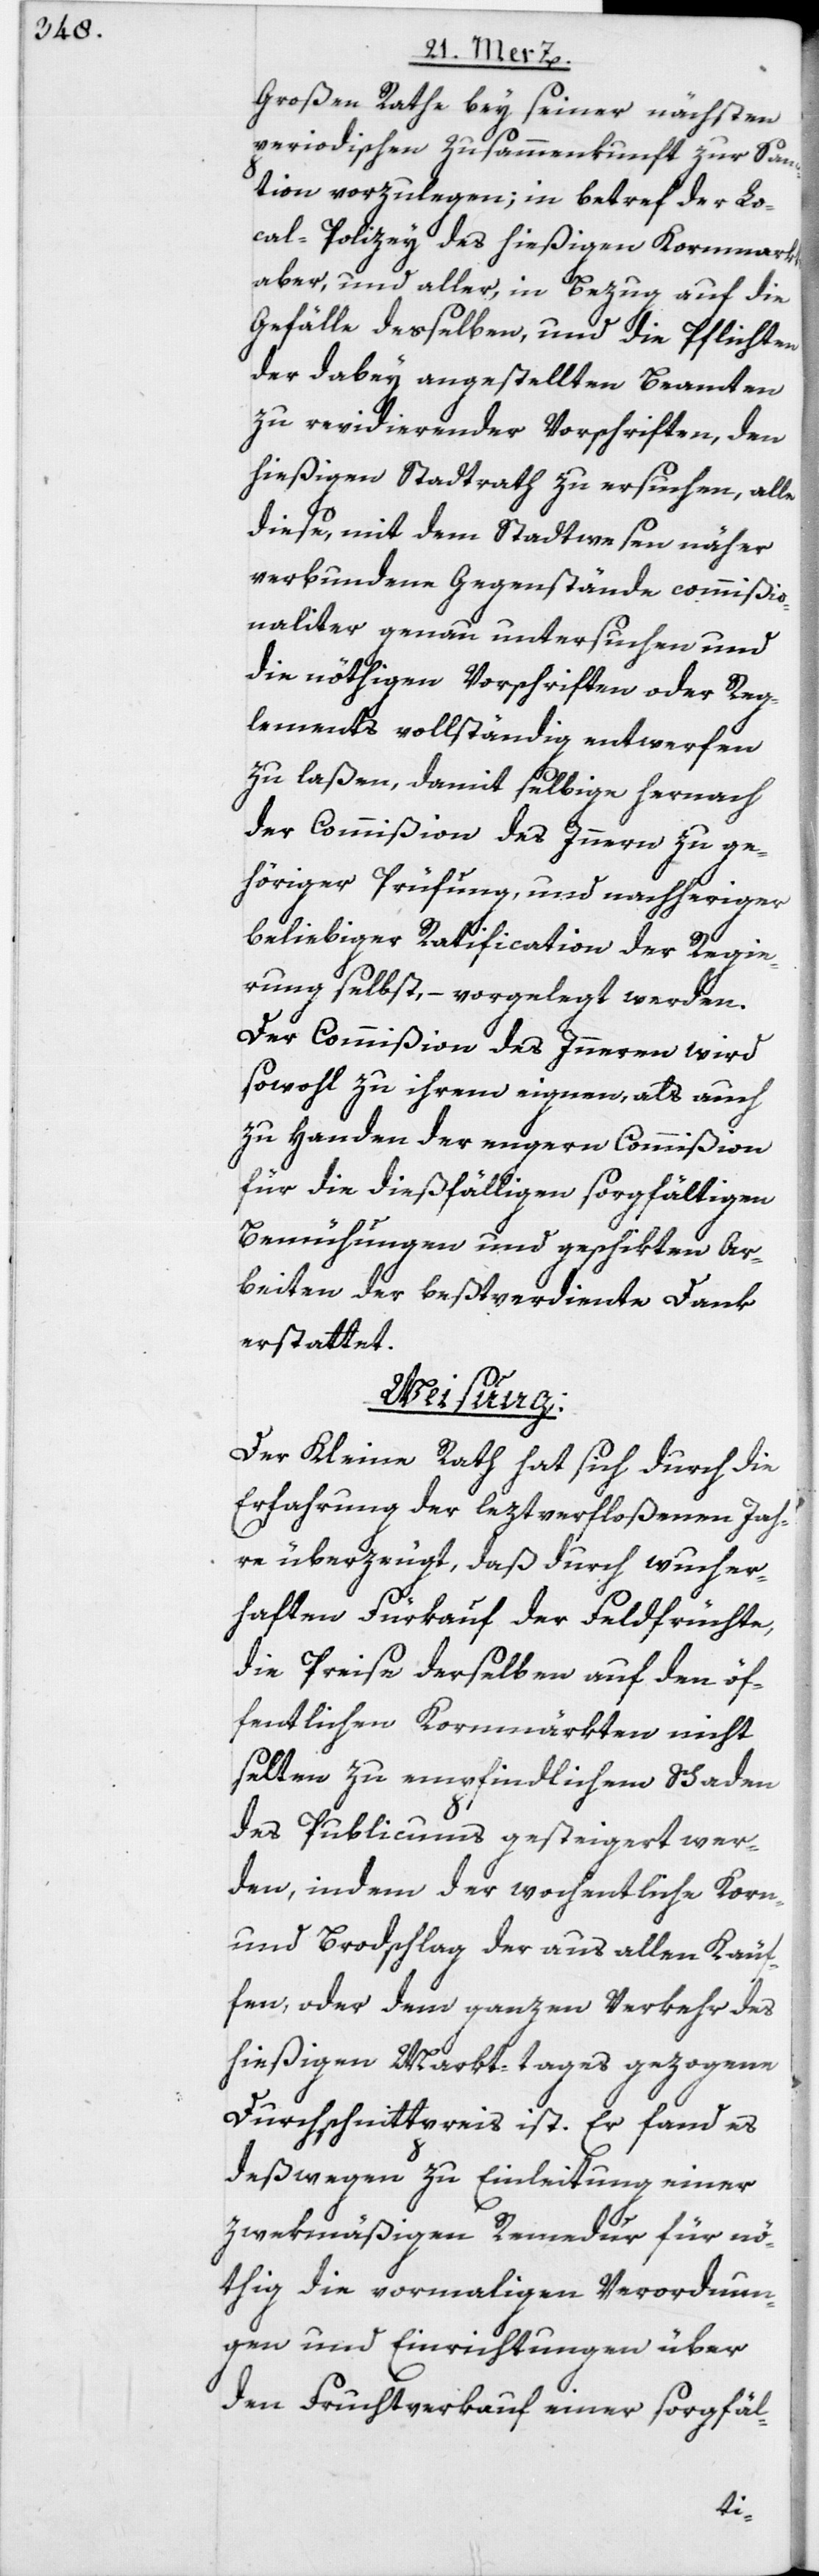
Großen Rathe bey seiner nächsten
periodischen Zusammenkunft zur San¬
ction vorzulegen; in betref der Lo¬
cal-Polizey des hießigen Kornmarkts
aber, und aller, in Bezug auf die
Gefälle desselben, und die Pflichten
der dabey angestellten Beamten
zu revidierender Vorschriften, den
hießigen Stadtrath zu ersuchen, alle
diese, mit dem Stadtwesen näher
verbundene Gegenstände commißio¬
naliter genau untersuchen und
die nöthigen Vorschriften oder Reg¬
lements vollständig entwerfen
zu laßen, damit selbige hernach
der Commißion des Innern zu ge¬
höriger Prüfung, und nachheriger
beliebiger Ratification der Regie¬
rung selbst, – vorgelegt werden.
Der Commißion des Inneren wird
sowohl zu ihrem eignen, als auch
zu Handen der engern Commißion
für die dießfälligen sorgfältigen
Bemühungen und geschikten Ar¬
beiten der beßtverdiente Dank
erstattet.
Weisung:
Der Kleine Rath hat sich durch die
Erfahrung der leztverfloßenen Jah¬
re überzeugt, daß durch wucher¬
haften Fürkauf der Feldfrüchte,
die Preise derselben auf den öf¬
fentlichen Kornmärkten nicht
selten zu empfindlichem Schaden
des Publicums gesteigert wer¬
den, indem der wochentliche Korn-
und Brodschlag der aus allen Käu¬
fen, oder dem ganzen Verkehr des
hießigen Markt-tages gezogene
Durchschnittpreis ist. Er fand es
deßwegen zu Einleitung einer
zwekmäßigen Remedur für nö¬
thig die vormaligen Verordnun¬
gen und Einrichtungen über
den Fruchtverkauf einer sorgfäl-